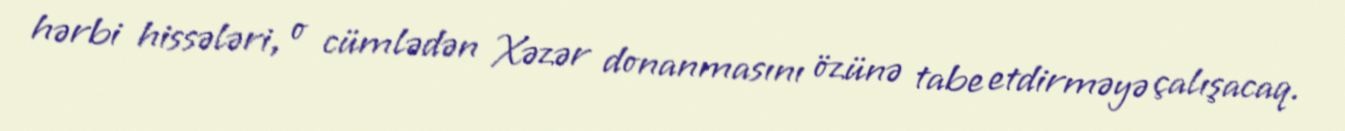
hərbi hissələri, o cümlədən Xəzər donanmasını özünə tabe etdirməyə çalışacaq.